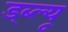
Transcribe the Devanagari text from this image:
ड्ब्ल्यू